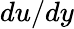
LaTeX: {du}/{dy}